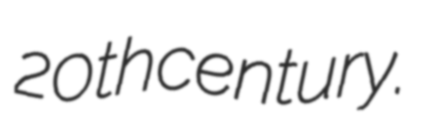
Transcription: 20th century.